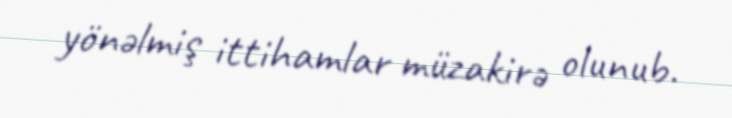
yönəlmiş ittihamlar müzakirə olunub.